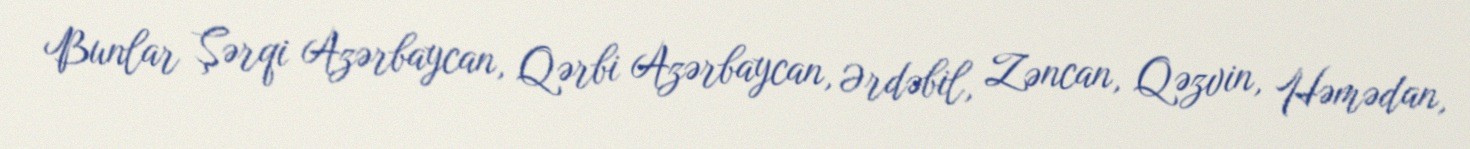
Bunlar Şərqi Azərbaycan, Qərbi Azərbaycan, Ərdəbil, Zəncan, Qəzvin, Həmədan,